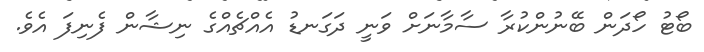
ބޯޓު ހޯދަން ބޭނުންކުރާ ސާމާނަށް ވަނީ ދަގަނޑު އެއްޗެއްގެ ނިޝާން ފެނިފަ އެވެ.